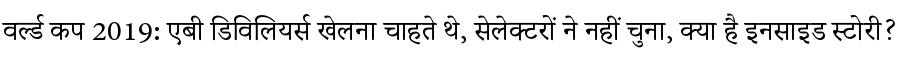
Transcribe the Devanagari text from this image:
वर्ल्ड कप 2019: एबी डिविलियर्स खेलना चाहते थे, सेलेक्टरों ने नहीं चुना, क्या है इनसाइड स्टोरी?